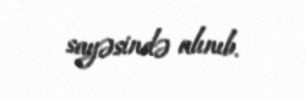
sayəsində alınıb.